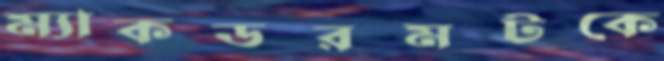
ম্যাকডরমটকে